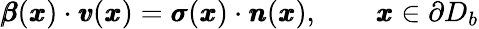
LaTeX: {\pmb{\beta}}({\pmb x})\cdot{\pmb v}({\pmb x})={\pmb\sigma}({\pmb x})\cdot{\pmb n}({\pmb x}),\qquad{\pmb x}\in\partial D_{b}